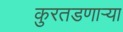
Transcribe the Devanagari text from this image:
कुरतडणार्‍या